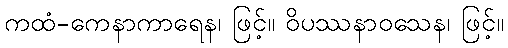
ကထံ-ကေနာကာရေန၊ ဖြင့်။ ဝိပဿနာဝသေန၊ ဖြင့်။